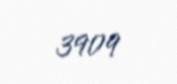
3909